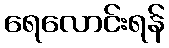
ရေလောင်းရန်